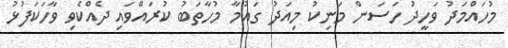
މުހައްމަދު ވަހީދު ހަސަން މަނިކު މިއަދު ގައުމާ މުހާތަބު ކުރައްވައި ދެއްކެވި ވާހަކަފުޅު